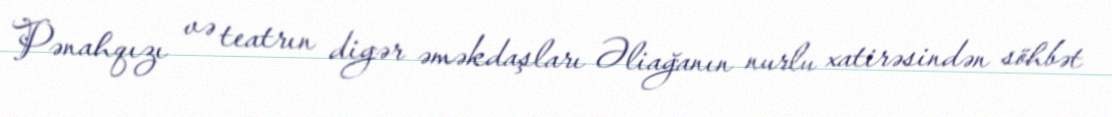
Pənahqızı və teatrın digər əməkdaşları Əliağanın nurlu xatirəsindən söhbət